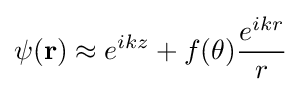
\psi (\mathbf {r} )\approx e^{ikz}+f(\theta ){\frac {e^{ikr}}{r}}